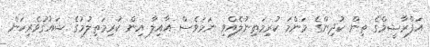
އަފްރާޝީމްގެ ތިން ކުދިންގެ މަންމަ ކުރިމަތިނުލެއްވި ނަމަވެސް އާއިލާ އިން ކުރިމަތިލުމުގެ ޝައުގުވެރިކަން